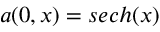
a ( 0 , x ) = s e c h ( x )